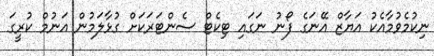
ނިކުމެވުމާއެކު އަޔާޒް އޭނަގެ ފޯނު ނަގައި ޓިކެޓް ސެންޓަރަކަށް ގުޅާލަމުން އަނުމް ކުރީގަ